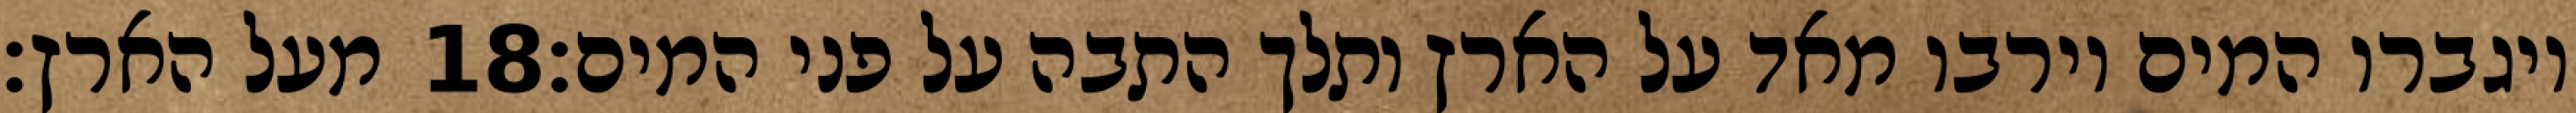
מעל הארץ׃ ‎18‏ ויגברו המים וירבו מאד על הארץ ותלך התבה על פני המים׃